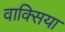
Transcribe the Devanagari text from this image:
वाक्सिया